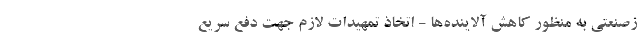
زصنعتی به منظور کاهش آلاینده‌ها - اتخاذ تمهیدات لازم جهت دفع سریع